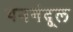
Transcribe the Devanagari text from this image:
यनगंदूल